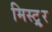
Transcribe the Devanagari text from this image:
मिस्ट्र्र्र्र